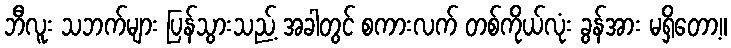
ဘီလူး သဘက်များ ပြန်သွားသည့် အခါတွင် စကားလက် တစ်ကိုယ်လုံး ခွန်အား မရှိတော့။